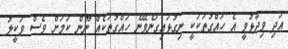
އަދި ވިދާޅުވީ އެ ހައްގުތަކަކީ ނިގުޅައިގަނެވޭނެ ހައްގުތަކެއް ނޫން ކަމަށް ވެސް ވަކީލު